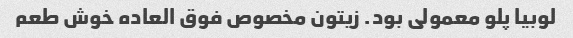
لوبیا پلو معمولی بود. زیتون مخصوص فوق العاده خوش طعم